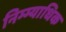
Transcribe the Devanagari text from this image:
निम्म्याधिक